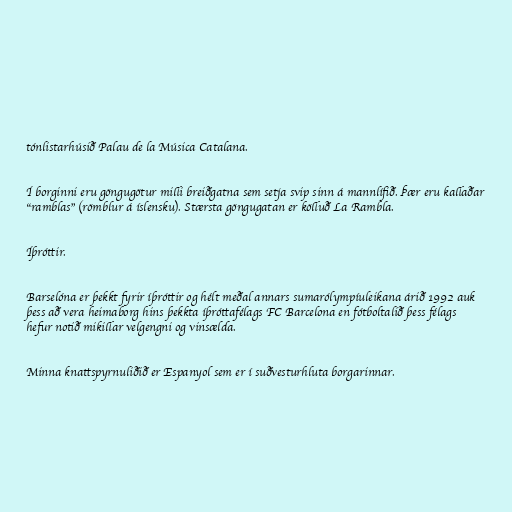
tónlistarhúsið Palau de la Música Catalana.

Í borginni eru göngugötur milli breiðgatna sem setja svip sinn á mannlífið. Þær eru kallaðar
"ramblas" (römblur á íslensku). Stærsta göngugatan er kölluð La Rambla.

Íþróttir.

Barselóna er þekkt fyrir íþróttir og hélt meðal annars sumarólympíuleikana árið 1992 auk
þess að vera heimaborg hins þekkta íþróttafélags FC Barcelona en fótboltalið þess félags
hefur notið mikillar velgengni og vinsælda.

Minna knattspyrnuliðið er Espanyol sem er í suðvesturhluta borgarinnar.